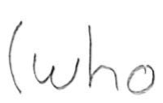
Text: (who
Cross-out: clean
Writing tool: pencil